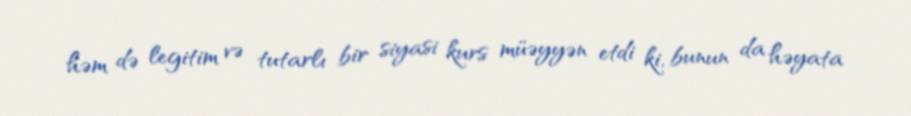
həm də legitim və tutarlı bir siyasi kurs müəyyən etdi ki, bunun da həyata